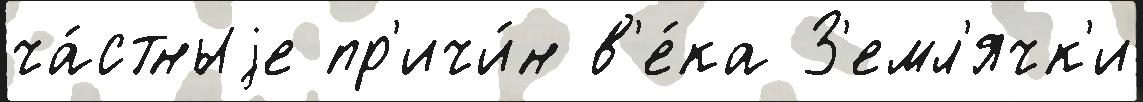
ча́стныjе пр'ичи́н в'е́ка З'емл'ячк'и